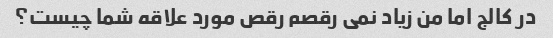
در کالج اما من زیاد نمی رقصم رقص مورد علاقه شما چیست؟